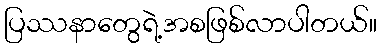
ပြဿနာတွေရဲ့အစဖြစ်လာပါတယ်။